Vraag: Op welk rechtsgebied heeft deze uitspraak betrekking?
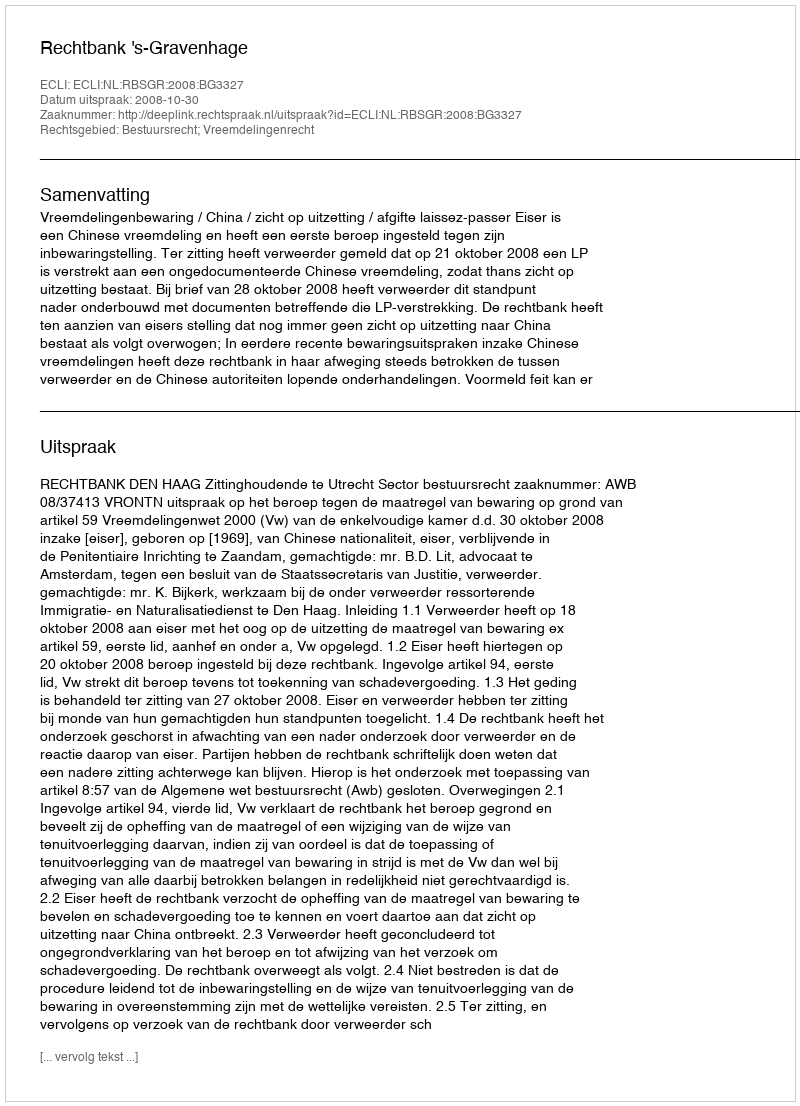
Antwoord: Bestuursrecht; Vreemdelingenrecht